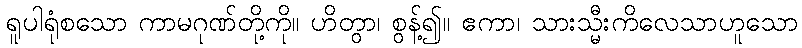
ရူပါရုံစသော ကာမဂုဏ်တို့ကို။ ဟိတွာ၊ စွန့်၍။ ဧကာ၊ သားသ္မီးကိလေသာဟူသော